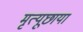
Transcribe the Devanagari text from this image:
मृत्यूछाया